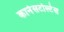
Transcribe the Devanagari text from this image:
कार्नेसटोल्टेस